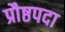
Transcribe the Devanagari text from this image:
प्रौष्ठपदा